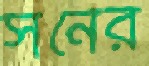
সনের